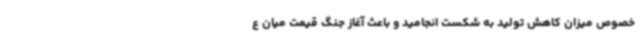
خصوص میزان کاهش تولید به شکست انجامید و باعث آغاز جنگ قیمت میان ع